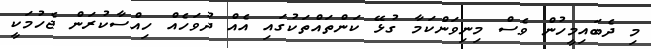
މި ދެބައިމީހުން ވެސް މިނިވަންކަމާ ގުޅޭ ކަންތައްތަކުގައި އެއް ދުވަހެއް ހިއްސާކުރަން ޖެހުމަކީ